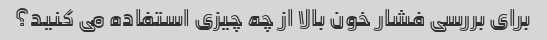
برای بررسی فشار خون بالا از چه چیزی استفاده می کنید؟